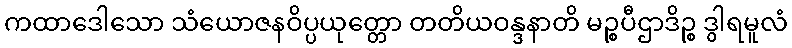
ကထာဒေါသော သံယောဇနဝိပ္ပယုတ္တော တတိယဝန္ဒနာတိ မဉ္စပီဌာဒိဉ္စ ဒွါရမူလံ